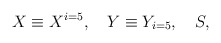
\begin{align*}X \equiv X^{i=5}, \quad Y \equiv Y_{i=5}, \quad S,\end{align*}